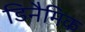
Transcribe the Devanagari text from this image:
डिनैमिक